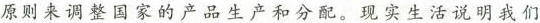
原则来调整国家的产品生产和分配。 现实生活说明我们